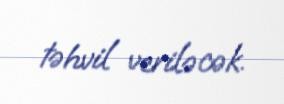
təhvil veriləcək.